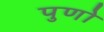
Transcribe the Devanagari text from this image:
पुणो